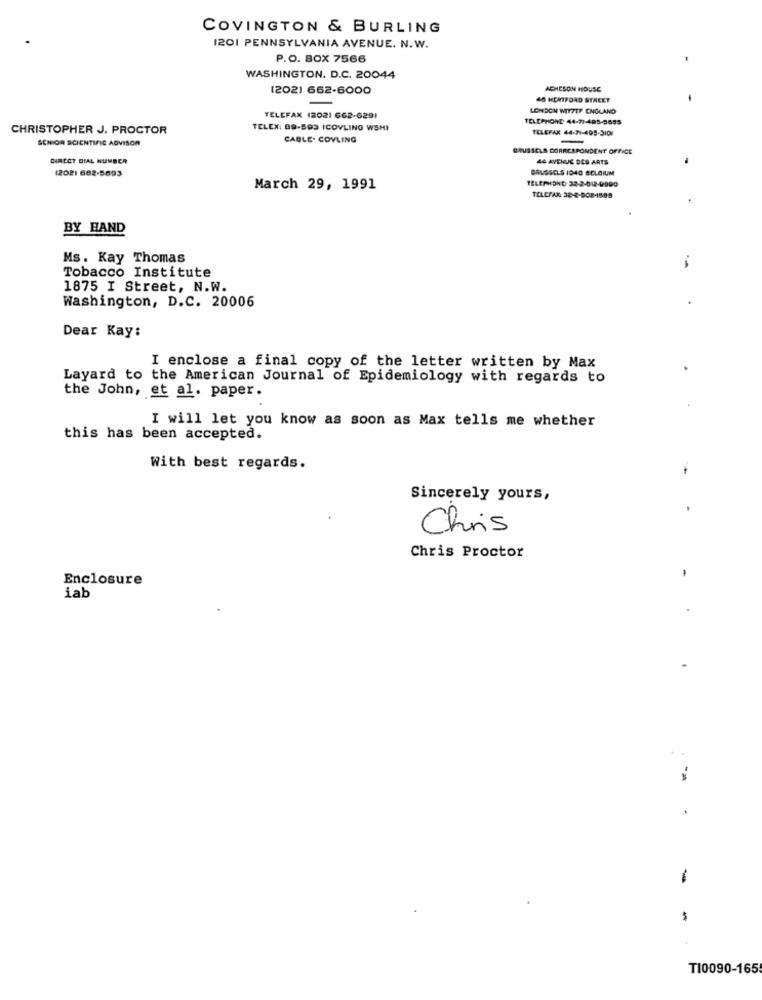
COVINGTON & BURLING
1201 PENNSYLVANIA AVENUE. N.W.
P.O. BOX 7566
WASHINGTON, D.C. 20044
(202) 662-6000
ACHESON HOUSE
46 HERTFORD STREET
LONDON WITTEF ENGLAND
TELEFAX (2021 662-6291
TELEPHONE 44-71-495-5655
CHRISTOPHER J. PROCTOR
TELEX: 89-593 (COVLING WSHI
TELEFAX 44-71-405-3101
SENIOR SCIENTIFIC ADVISOR
CABLE. COVLING
BRUSSELS CORRESPONDENT OFFICE
DIRECT DIAL NUMBER
44 AVENUE DES ARTS
(2021 682-5693
BRUSSELS IDAD BELGIUM
TELEPHONE: 32-2-012-9990
March 29, 1991
TELEFAX: 38-8-508-1889
BY HAND
Ms. Kay Thomas
Tobacco Institute
1875 I Street, N.W.
Washington, D.C. 20006
Dear Kay:
I enclose a final copy of the letter written by Max
Layard to the American Journal of Epidemiology with regards to
the John, et al. paper.
I will let you know as soon as Max tells me whether
this has been accepted.
With best regards.
-
Sincerely yours,
Chris
Chris Proctor
Enclosure
iab
-
T10090-165